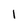
Character: 1